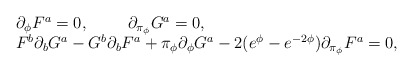
\begin{align*}\left.\begin{array}{l}\partial_{\phi}F^{a}=0, \,\,\,\,\,\,\,\,\,\,\,\,\,\,\partial_{\pi_{\phi}}G^{a}=0, \\F^{b}\partial_{b}G^{a}- G^{b}\partial_{b}F^{a} +\pi_{\phi} \partial_{\phi}G^{a}- 2 (e^{\phi} - e^{-2\phi}) \partial_{\pi_{\phi}}F^{a} =0,\end{array}\right.\end{align*}